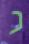
נ